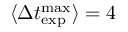
\langle \Delta t _ { \mathrm { e x p } } ^ { \mathrm { m a x } } \rangle = 4